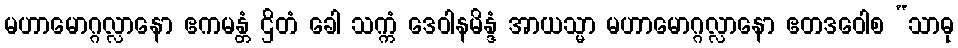
မဟာမောဂ္ဂလ္လာနော ဧကမန္တံ ဌိတံ ခေါ သက္ကံ ဒေဝါနမိန္ဒံ အာယသ္မာ မဟာမောဂ္ဂလ္လာနော ဧတဒဝေါစ “သာဓု